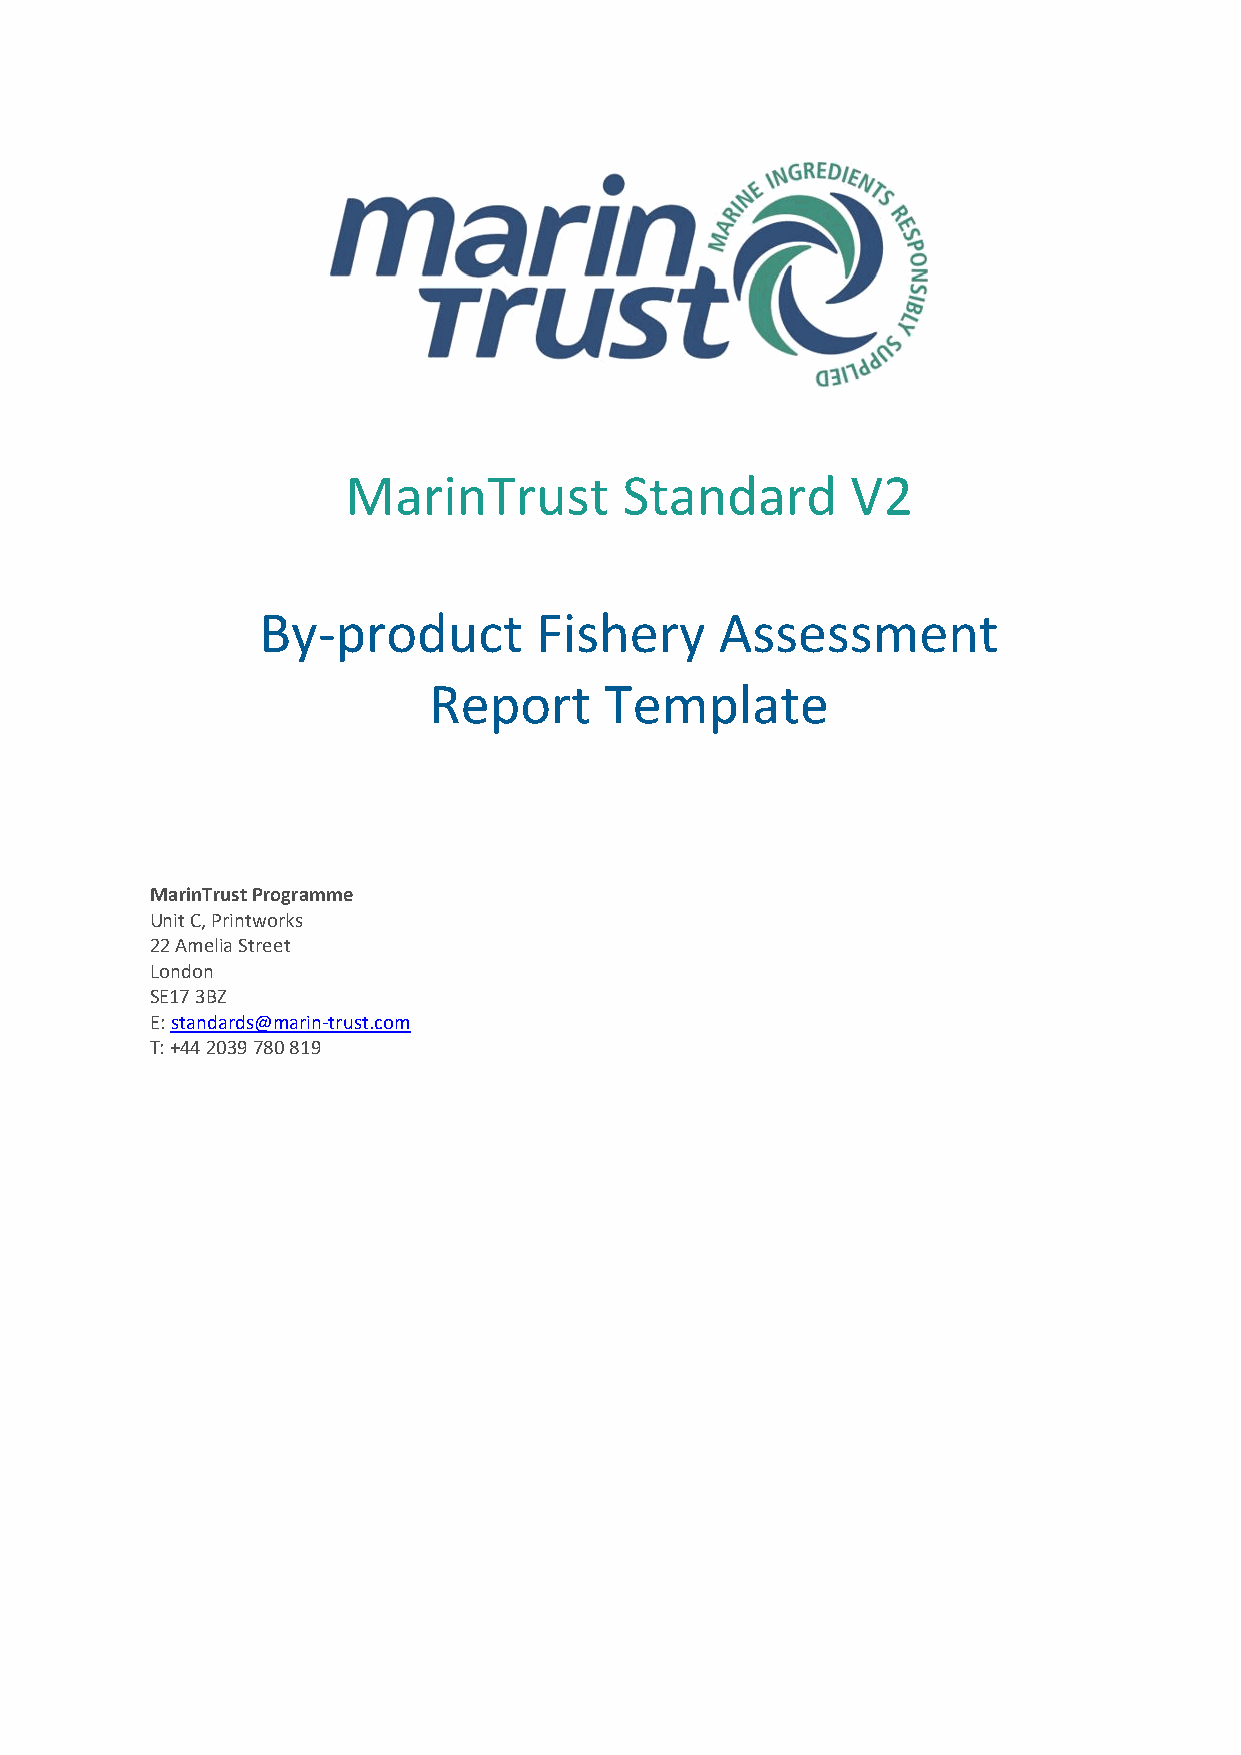
MarinTrust        Standard       V2
 By-product        Fishery      Assessment
 Report      Template
 MarinTrust Programme
 Unit C, Printworks
 22 Amelia Street
 London
 SE17 3BZ
 E: standards@marin-trust.com
 T: +44 2039 780 819